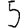
Digit: 5